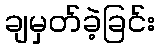
ချမှတ်ခဲ့ခြင်း